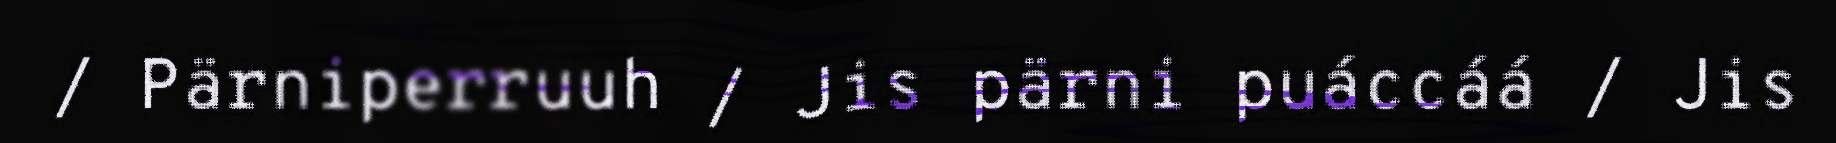
/ Pärniperruuh / Jis pärni puáccáá / Jis